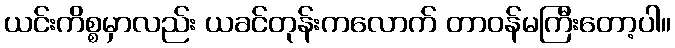
ယင်းကိစ္စမှာလည်း ယခင်တုန်းကလောက် တာဝန်မကြီးတော့ပါ။